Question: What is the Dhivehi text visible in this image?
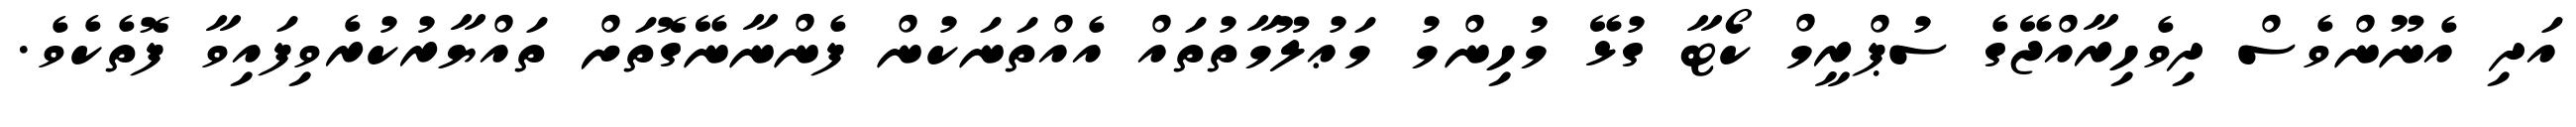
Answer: އަދި އެނޫންވެސް ދިވެހިރާއްޖޭގެ ސުޕްރީމް ކޯޓާ ގުޅޭ މުހިންމު މަޢުލޫމާތުތައް އެއްތަނަކުން ފެންނާނޭގޮތަށް ތައްޔާރުކުރެވިފައިވާ ފޮތެކެވެ.